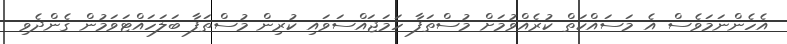
އެހެންނަމަވެސް އެ މަސައްކަތް ކުރެއްވުމަށް މުސްތަފާ ހަމަޖައްސަވައި ކުރިން މުސްތަފާ ބަލަހައްޓަވަމުން ގެންދެވި